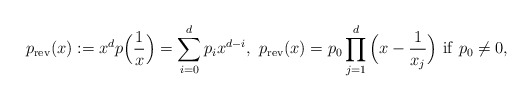
\begin{align*}p_{\rm rev}(x):=x^dp\Big(\frac{1}{x}\Big)=\sum_{i=0}^dp_ix^{d-i},~p_{\rm rev}(x)=p_0\prod_{j=1}^d\Big(x-\frac{1}{x_j}\Big)~{\rm if}~p_0\neq 0,\end{align*}